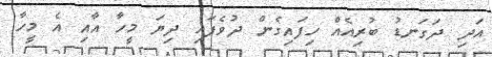
އަދި ދަގަނޑު ބުރިއެއް ހިފައިގެން ދުވެފައި ދިޔަ މީހާ އާއި އެ މީހާ